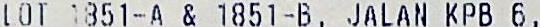
LOT 1851-A & 1851-B, JALAN KPB 6,